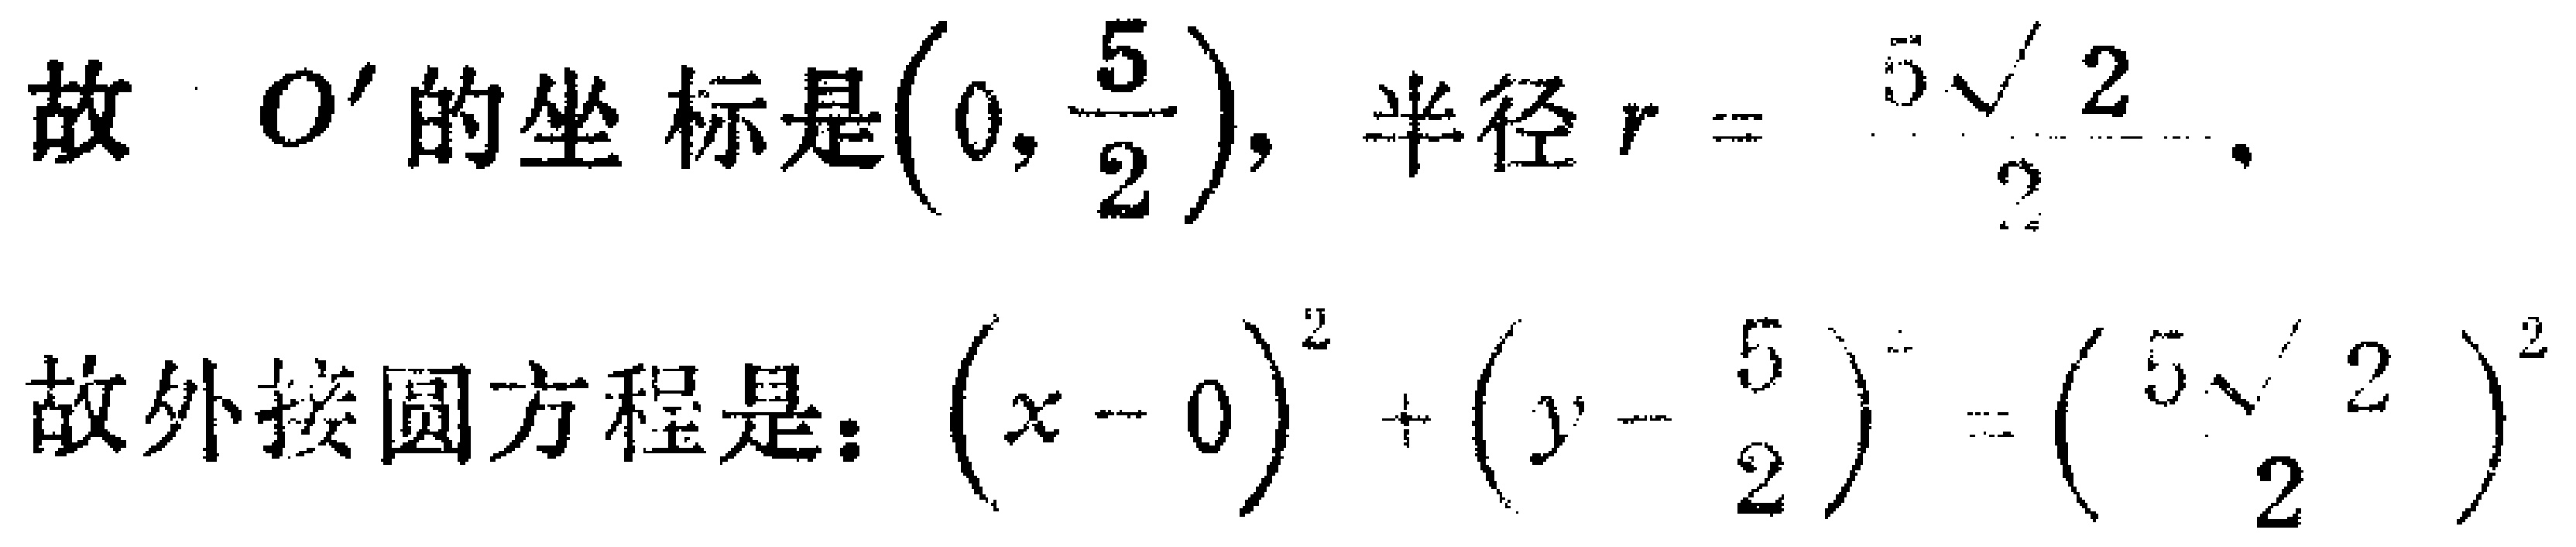
故 \(O'\) 的坐标是\(\left(0, \frac{5}{2}\right)\)，半径 \(r = \frac{5\sqrt{2}}{2}\)。
故外接圆方程是：\((x - 0)^2 + \left(y - \frac{5}{2}\right)^2 = \left(\frac{5\sqrt{2}}{2}\right)^2\)